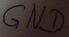
Text: GND